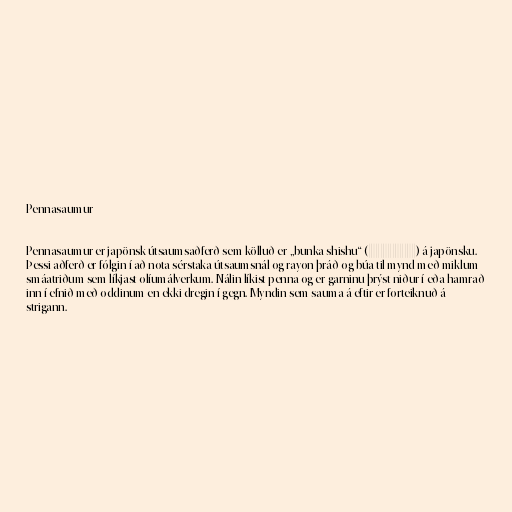
Pennasaumur

Pennasaumur er japönsk útsaumsaðferð sem kölluð er „bunka shishu“ (文化刺繍) á japönsku.
Þessi aðferð er fólgin í að nota sérstaka útsaumsnál og rayon þráð og búa til mynd með miklum
smáatriðum sem líkjast olíumálverkum. Nálin líkist penna og er garninu þrýst niður í eða hamrað
inn í efnið með oddinum en ekki dregin í gegn. Myndin sem sauma á eftir er forteiknuð á
strigann.